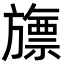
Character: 旚